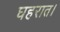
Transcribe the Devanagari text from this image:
घहरात।